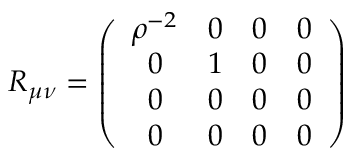
R _ { \mu \nu } = \left( \begin{array} { c c c c } { { \rho ^ { - 2 } } } & { { 0 } } & { { 0 } } & { { 0 } } \\ { { 0 } } & { { 1 } } & { { 0 } } & { { 0 } } \\ { { 0 } } & { { 0 } } & { { 0 } } & { { 0 } } \\ { { 0 } } & { { 0 } } & { { 0 } } & { { 0 } } \end{array} \right)